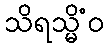
သိရသ္မိံဝ